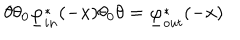
\theta \theta _ { 0 } \underline { { \varphi } } _ { i n } ^ { * } ( - x ) \theta _ { 0 } \theta = \underline { { \varphi } } _ { o u t } ^ { * } ( - x )